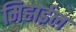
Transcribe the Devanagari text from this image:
मिहाईल